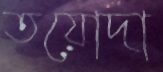
তয়োদা